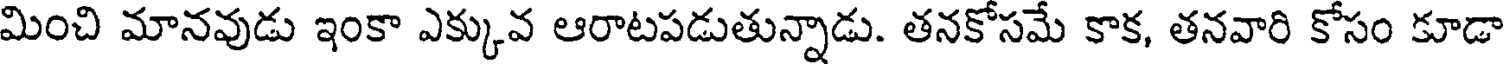
మించి మానవుడు ఇంకా ఎక్కువ ఆరాటపడుతున్నాడు. తనకోసమే కాక, తనవారి కోసం కూడా